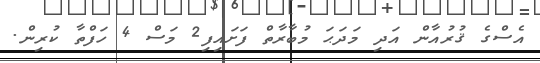
އެސްގެ ޤުރުއާން އަދި މަދަޙަ މުބާރާތް ފަށައިފި2 މަސް 4 ހަފްތާ ކުރިން.